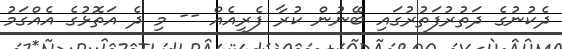
ދެކުނުގެ ދަތުރުފަތުރުގައި ބޭނުން ކުރާ ފެރީއެއް -- މި ދެ އަތޮޅުގެ އެއްގަމު